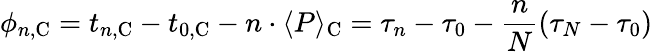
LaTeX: \phi_{n,{\mathrm C}}=t_{n,\mathrm C}-t_{0,\mathrm C}-n\cdot\langle P\rangle_{\mathrm C}=\tau_{n}-\tau_{0}-{\frac{n}{N}}(\tau_{N}-\tau_{0})